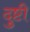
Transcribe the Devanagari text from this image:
दुष्टी